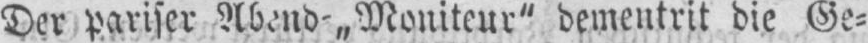
Der pariser Abend-„Moniteur“ dementrit die Ge⸗